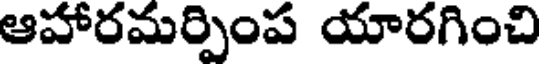
ఆహారమర్పింప యారగించి